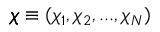
\pmb { \chi } \equiv ( \chi _ { 1 } , \chi _ { 2 } , . . . , \chi _ { N } )